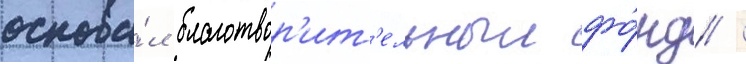
основа́л благотвор'ит'ельныи фо́нд /